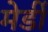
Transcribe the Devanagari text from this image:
मेर्डी